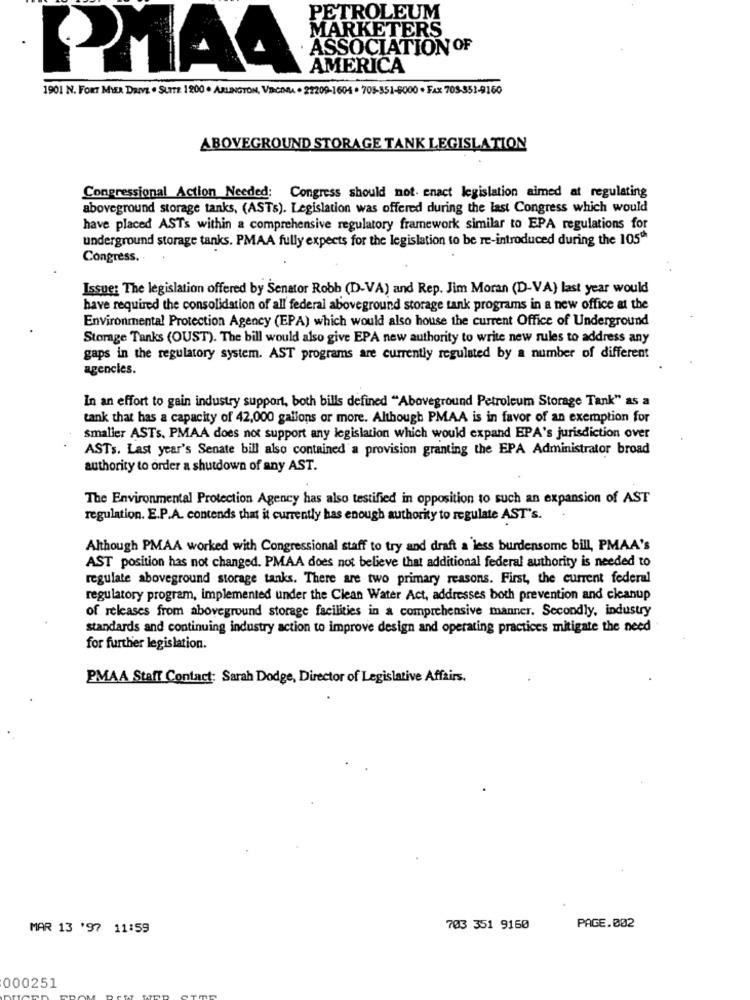
PETROLEUM
MARKETERS
ASSOCIATION OF
PMA4
AMERICA
1901 N. FORT MYER DRIVE . SUITE 1200 · ARLINGTON, VRCM. · 22209-1604 . 708-551-9000 · FAX 703-351-9160
ABOVEGROUND STORAGE TANK LEGISLATION
Congressional Action Needed: Congress should not- enact legislation aimed at regulating
aboveground storage tanks, (ASTs). Legislation was offered during the last Congress which would
have placed ASTs within a comprehensive regulatory framework similar to EPA regulations for
underground storage tanks. PMAA fully expects for the legislation to be re-introduced during the 1050
Congress.
Issue: The legislation offered by Senator Robb (D-VA) and Rep. Jim Moran (D-VA) last year would
have required the consolidation of all federal aboveground storage tank programs in a new office at the
Environmental Protection Agency (EPA) which would also house the current Office of Underground
Storage Tanks (OUST). The bill would also give EPA new authority to write new rules to address any
gaps in the regulatory system. AST programs are currently regulated by a number of different
agencies.
In an effort to gain industry support, both bills defined "Aboveground Petroleum Storage Tank" as a
tank that has a capacity of 42,000 gallons or more. Although PMAA is in favor of an exemption for
smaller ASTs. PMAA does not support any legislation which would expand EPA's jurisdiction over
ASTs. Last year's Senate bill also contained a provision granting the EPA Administrator broad
authority to order a shutdown of any AST.
The Environmental Protection Agency has also testified in opposition to such an expansion of AST
regulation. E.P.A. contends that it currently has enough authority to regulate AST's.
Although PMAA worked with Congressional staff to try and draft a less burdensome bill, PMAA's
AST position has not changed. PMAA does not believe that additional federal authority is needed to
regulate aboveground storage tanks. There are two primary reasons. First, the current federal
regulatory program, implemented under the Clean Water Act, addresses both prevention and cleanup
of releases from aboveground storage facilities in a comprehensive manner. Secondly, industry
standards and continuing industry action to improve design and operating practices mitigate the need
for further legislation.
PMAA Staff Contact: Sarah Dodge, Director of Legislative Affairs.
MAR 13 '97 11:59
703 351 9150
PAGE.002
000251